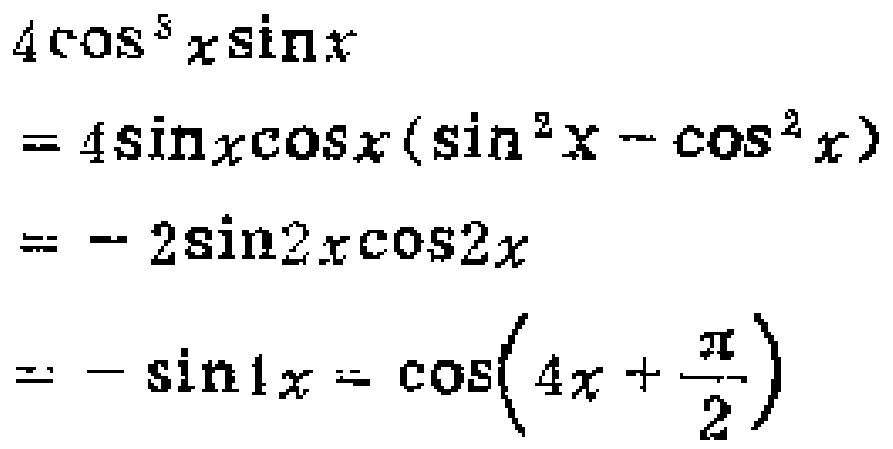
\[

\begin{align*}

&4\cos^{5}x\sin x\\

=&4\sin x\cos x(\sin^{2}x - \cos^{2}x)\\

=& - 2\sin2x\cos2x\\

=& - \sin4x=\cos\left(4x+\frac{\pi}{2}\right)

\end{align*}

\]